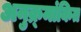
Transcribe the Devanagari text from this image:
अनुक्र्मांकित